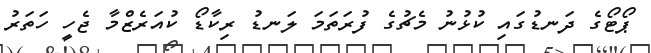
ޕޯޓޯގެ ދަނޑުގައި ކުޅުނު މެޗުގެ ފުރަތަމަ ލަނޑު ރިކާޑޯ ކުއަރެޒްމާ ޖެހީ ހަތަރު